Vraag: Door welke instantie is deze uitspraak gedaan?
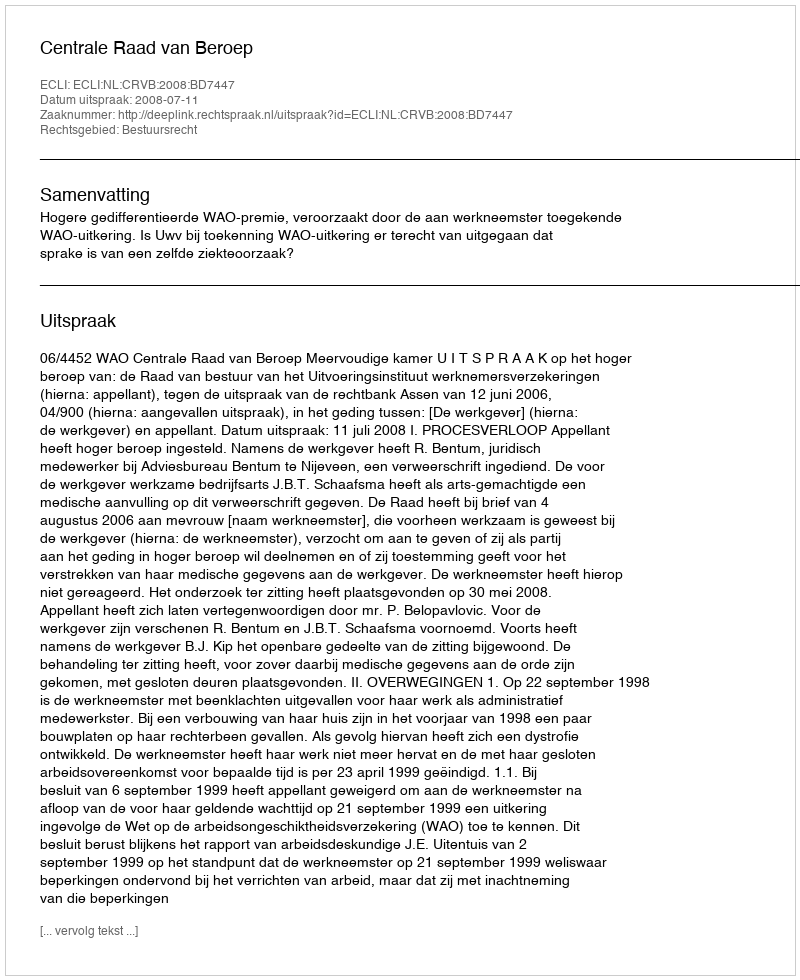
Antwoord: Centrale Raad van Beroep